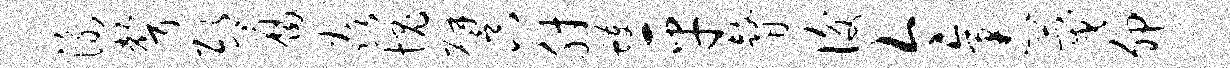
泳声邸腐焱愧譬八肘蠖平瞽后今袤蔑卯